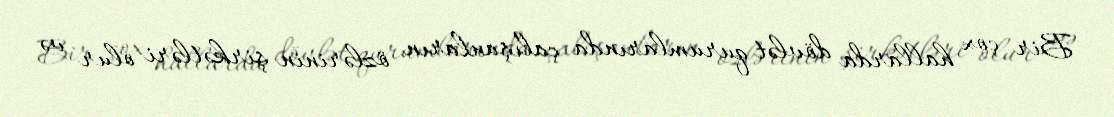
Bir çox hallarda dövlət qurumlarında çalışanların özlərinin şirkətləri olur və